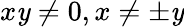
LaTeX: x\mathit{y}\neq0,x\neq\pm\mathit{y}